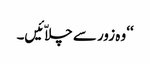
‘‘ وہ زور سے چلاّئیں۔